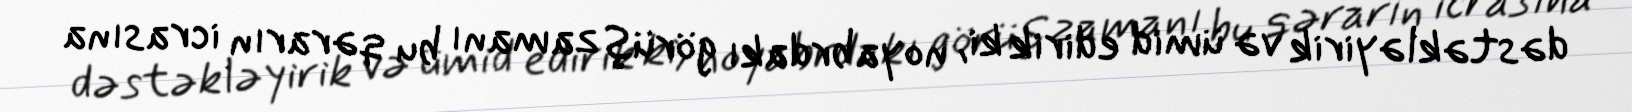
dəstəkləyirik və ümid edirik ki, noyabrdakı görüş zamanı bu qərarın icrasına